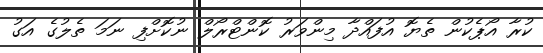
ކުރާ އޯޕެކުން ތެޔޮ އުފައްދާ މިންވަރު ކޮންޓްރޯލް ނުކޮށްފި ނަމަ ތެލުގެ އަގު